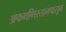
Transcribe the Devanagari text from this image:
अफगणिस्तानपासून